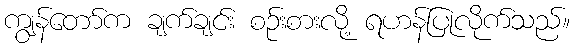
ကျွန်တော်က ချက်ချင်း စဉ်းစားလို့ ရဟန်ပြုလိုက်သည်။